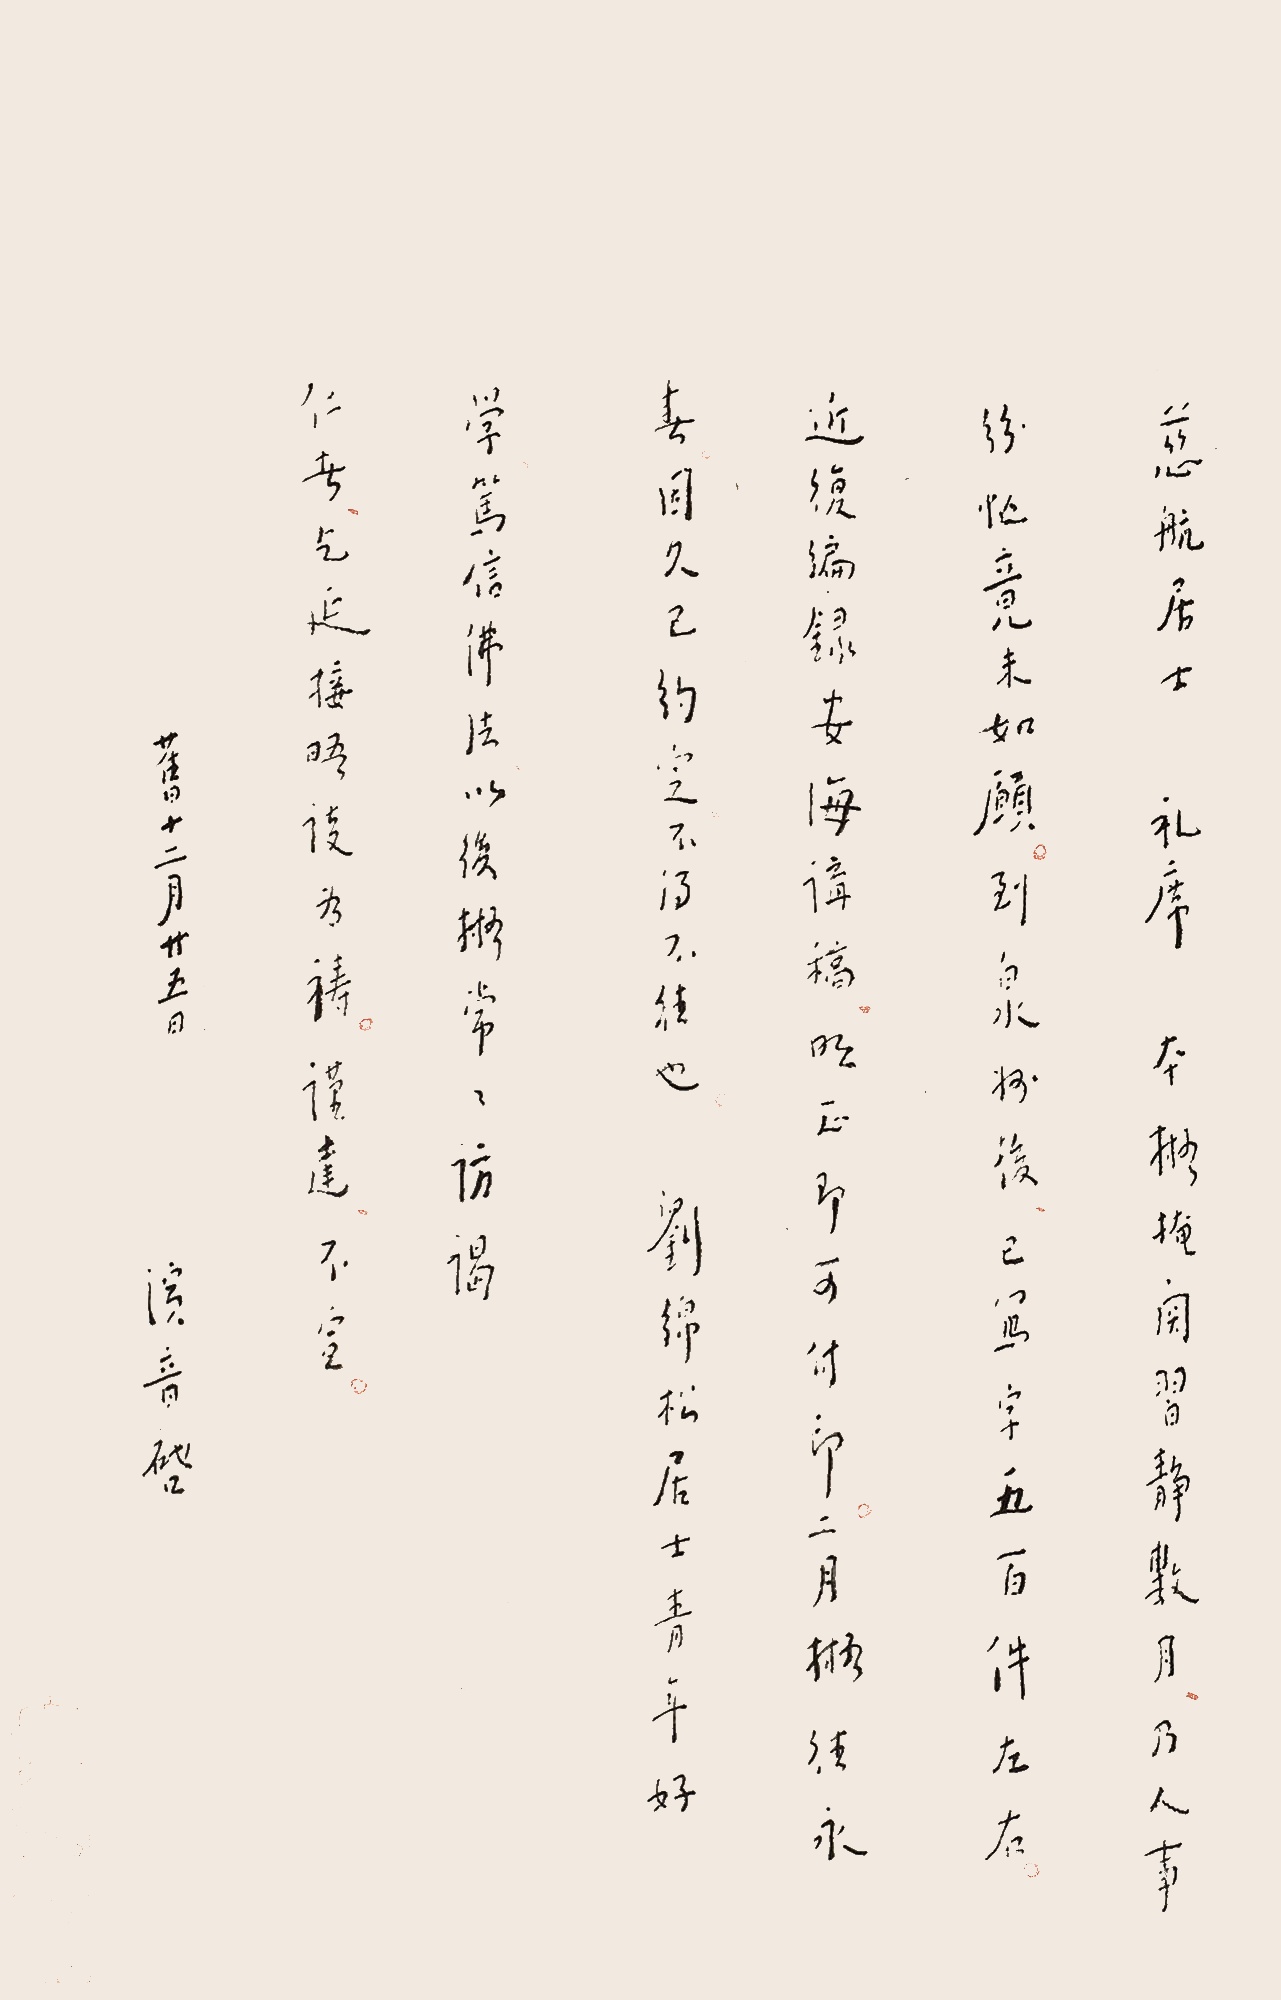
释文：慈航居士礼席，本拟掩关习静数月，乃人事纷忙，竟未如愿。到泉州后，已写字五百件左右。近复编录安海讲。明正即可付印。二月拟往永春，因久已约定，不得不往也。刘绵松居士青年好学，笃信佛法，以后拟常常访谒。仁者乞延接晤谈为祷。谨达，不宜。旧十二月廿五日，演音启。